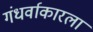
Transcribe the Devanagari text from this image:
गंधर्वाकारला